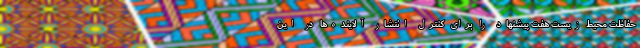
حفاظت محیط زیست هفت پیشنهاد را برای کنترل انتشار آلاینده‌ها در این